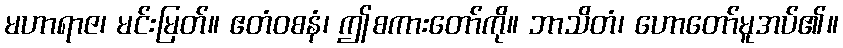
မဟာရာဇ၊ မင်းမြတ်။ ဧတံဝစနံ၊ ဤစကားတော်ကို။ ဘာသိတံ၊ ဟောတော်မူအပ်၏။